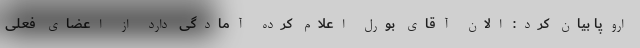
اروپا بیان کرد: الان آقای بورل اعلام کرده آمادگی دارد از اعضای فعلی